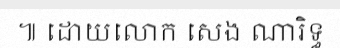
៕ ដោយលោក សេង ណារិទ្ធ